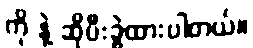
ကို နဲ့ ဆိုပီးခွဲထားပါတယ်။